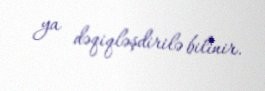
ya dəqiqləşdirilə bilinir.